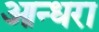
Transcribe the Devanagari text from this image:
आन्धरा